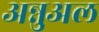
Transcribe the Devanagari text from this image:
अन्नुअल